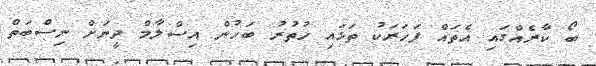
ބޯ ކާރެއްގައި އެތައް ފަހަރަކު ތަޅައި ހުތުރު ބަހުން އިސްލާމް ދީނަށް ނިސްބަތް